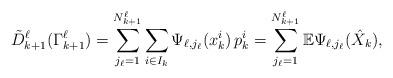
LaTeX: \begin{align*}\tilde D_{k+1}^{\ell} (\Gamma_{k+1}^{\ell}) = \sum_{j_{\ell} =1}^{N_{k+1}^{\ell}} \sum_{i \in I_k} \Psi_{\ell,j_{\ell}} (x_k^{i}) \, p_k^i = \sum_{j_{\ell} =1}^{N_{k+1}^{\ell}} \mathbb E \Psi_{\ell,j_{\ell}} (\hat X_k),\end{align*}